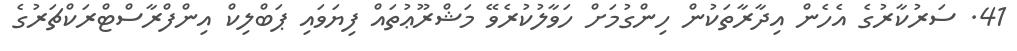
41. ސަރުކާރުގެ އެހެން އިދާރާތަކުން ހިންގުމަށް ހަވާލުކުރެވޭ މަޝްރޫޢުތައް ފިޔަވައި ޕަބްލިކް އިންފްރާސްޓްރަކްޗަރުގެ